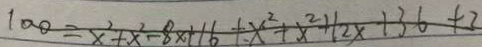
1 0 0 = x ^ { 2 } + x ^ { 2 } - 8 x + 1 6 + x ^ { 2 } + x ^ { 2 } + 1 2 x + 3 6 + 3